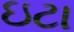
ઇટા